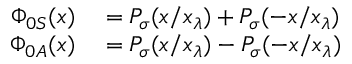
\begin{array} { r l } { \Phi _ { 0 S } ( x ) } & { { } = P _ { \sigma } ( x / x _ { \lambda } ) + P _ { \sigma } ( - x / x _ { \lambda } ) } \\ { \Phi _ { 0 A } ( x ) } & { { } = P _ { \sigma } ( x / x _ { \lambda } ) - P _ { \sigma } ( - x / x _ { \lambda } ) } \end{array}